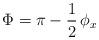
LaTeX: \begin{align*}\Phi = \pi - \frac{1}{2} \, \phi_x \end{align*}